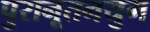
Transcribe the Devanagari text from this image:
पुरानूतनयुग